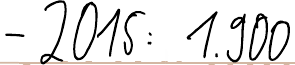
- 2015: 1.900